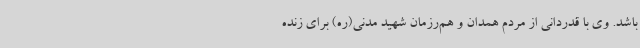
باشد. وی با قدردانی از مردم همدان و هم‌رزمان شهید مدنی(ره) برای زنده